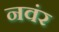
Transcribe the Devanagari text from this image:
नवंर